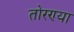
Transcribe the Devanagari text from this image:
तोरण्या